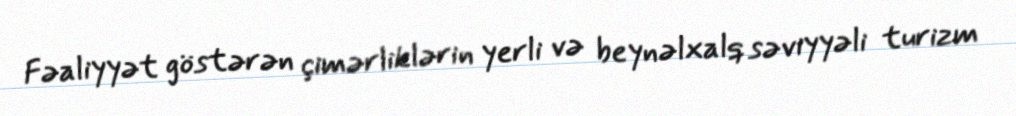
Fəaliyyət göstərən çimərliklərin yerli və beynəlxalq səviyyəli turizm